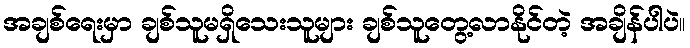
အချစ်ရေးမှာ ချစ်သူမရှိသေးသူများ ချစ်သူတွေ့လာနိုင်တဲ့ အချိန်ပါပဲ။